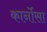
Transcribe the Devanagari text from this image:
कार्नोसा